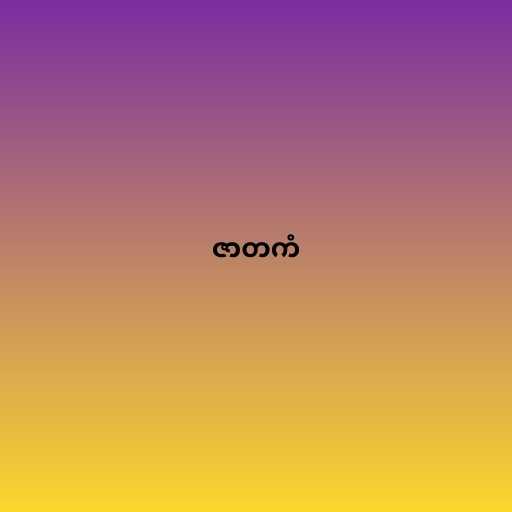
ဇာတကံ